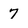
Character: 7